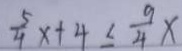
\frac { 5 } { 4 } x + 4 \leq \frac { 9 } { 4 } x